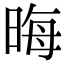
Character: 晦